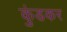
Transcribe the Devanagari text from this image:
कुंडकर